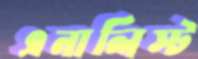
এনালিস্ট